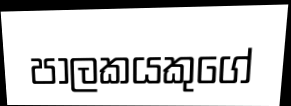
පාලකයකුගේ